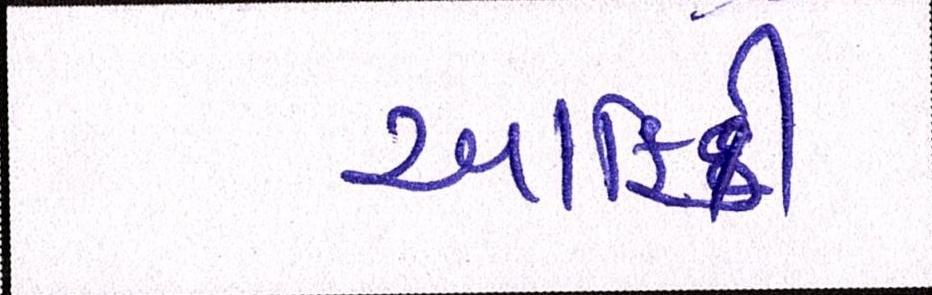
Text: આફ્રિકી